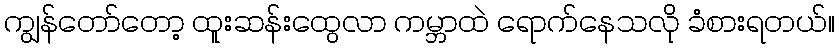
ကျွန်တော်တော့ ထူးဆန်းထွေလာ ကမ္ဘာထဲ ရောက်နေသလို ခံစားရတယ်။